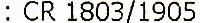
: CR 1803/1905